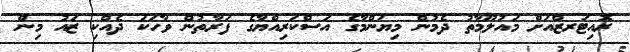
ރޮއިޓަރޒްއަށް މައުލޫމާތު ދެމުން މިޔަންމާގެ އަސްކަރިއްޔާގެ ފަރާތުން ވާހަކަ ދެއްކި ޒައު މިން